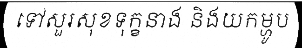
ទៅសួរសុខទុក្ខនាង និងយកម្ហូប